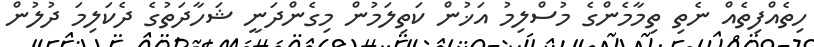
ހިތެއްފިތެއް ނެތި ތިމާމެންގެ މުސްލިމު އަޚުން ކަތިލަމުން މިގެންދަނީ ޝަހާދަތުގެ ދެކަލިމަ ދުލުން